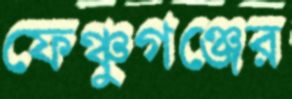
ফেঞ্চুগঞ্জের